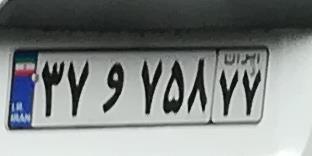
۴۷و۷۵۸۷۷